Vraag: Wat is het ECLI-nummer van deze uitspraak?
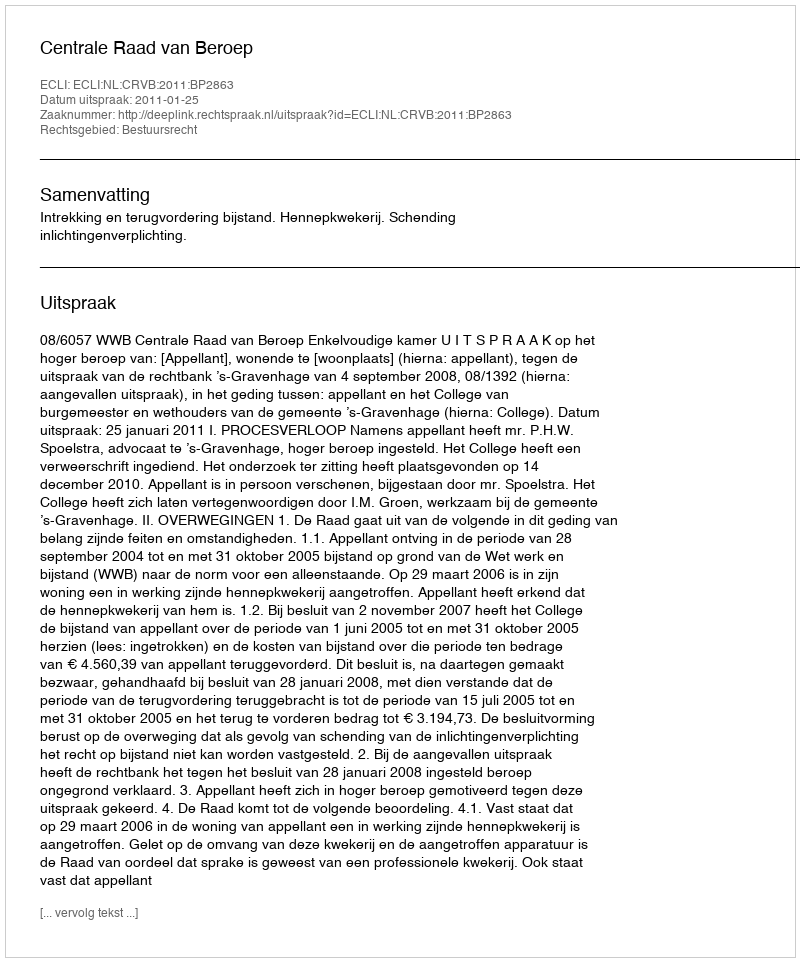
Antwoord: ECLI:NL:CRVB:2011:BP2863